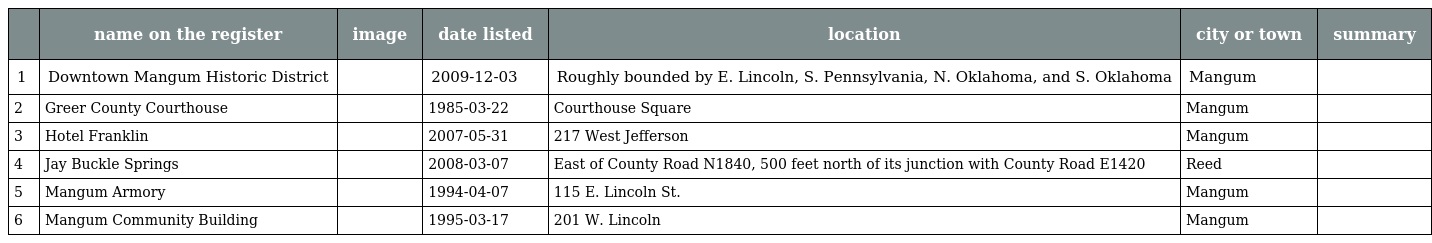
|  | name on the register | image | date listed | location | city or town | summary |
 | --- | --- | --- | --- | --- | --- | --- |
 | 1 | Downtown Mangum Historic District |  | 2009-12-03 | Roughly bounded by E. Lincoln, S. Pennsylvania, N. Oklahoma, and S. Oklahoma | Mangum |  |
 | 2 | Greer County Courthouse |  | 1985-03-22 | Courthouse Square | Mangum |  |
 | 3 | Hotel Franklin |  | 2007-05-31 | 217 West Jefferson | Mangum |  |
 | 4 | Jay Buckle Springs |  | 2008-03-07 | East of County Road N1840, 500 feet north of its junction with County Road E1420 | Reed |  |
 | 5 | Mangum Armory |  | 1994-04-07 | 115 E. Lincoln St. | Mangum |  |
 | 6 | Mangum Community Building |  | 1995-03-17 | 201 W. Lincoln | Mangum |  |